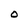
Character: O